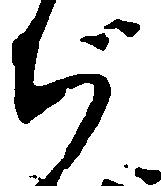
ぢ